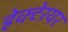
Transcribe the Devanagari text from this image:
हेक्टेरयर